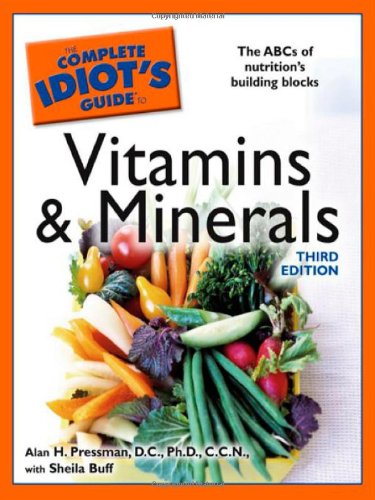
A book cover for The Complete Idiot's Guide to Vitamins and Minerals, 3rd Edition (Idiot's Guides); Alan H. Pressman; Health, Fitness & Dieting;